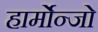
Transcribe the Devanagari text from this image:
हार्मोन्जो